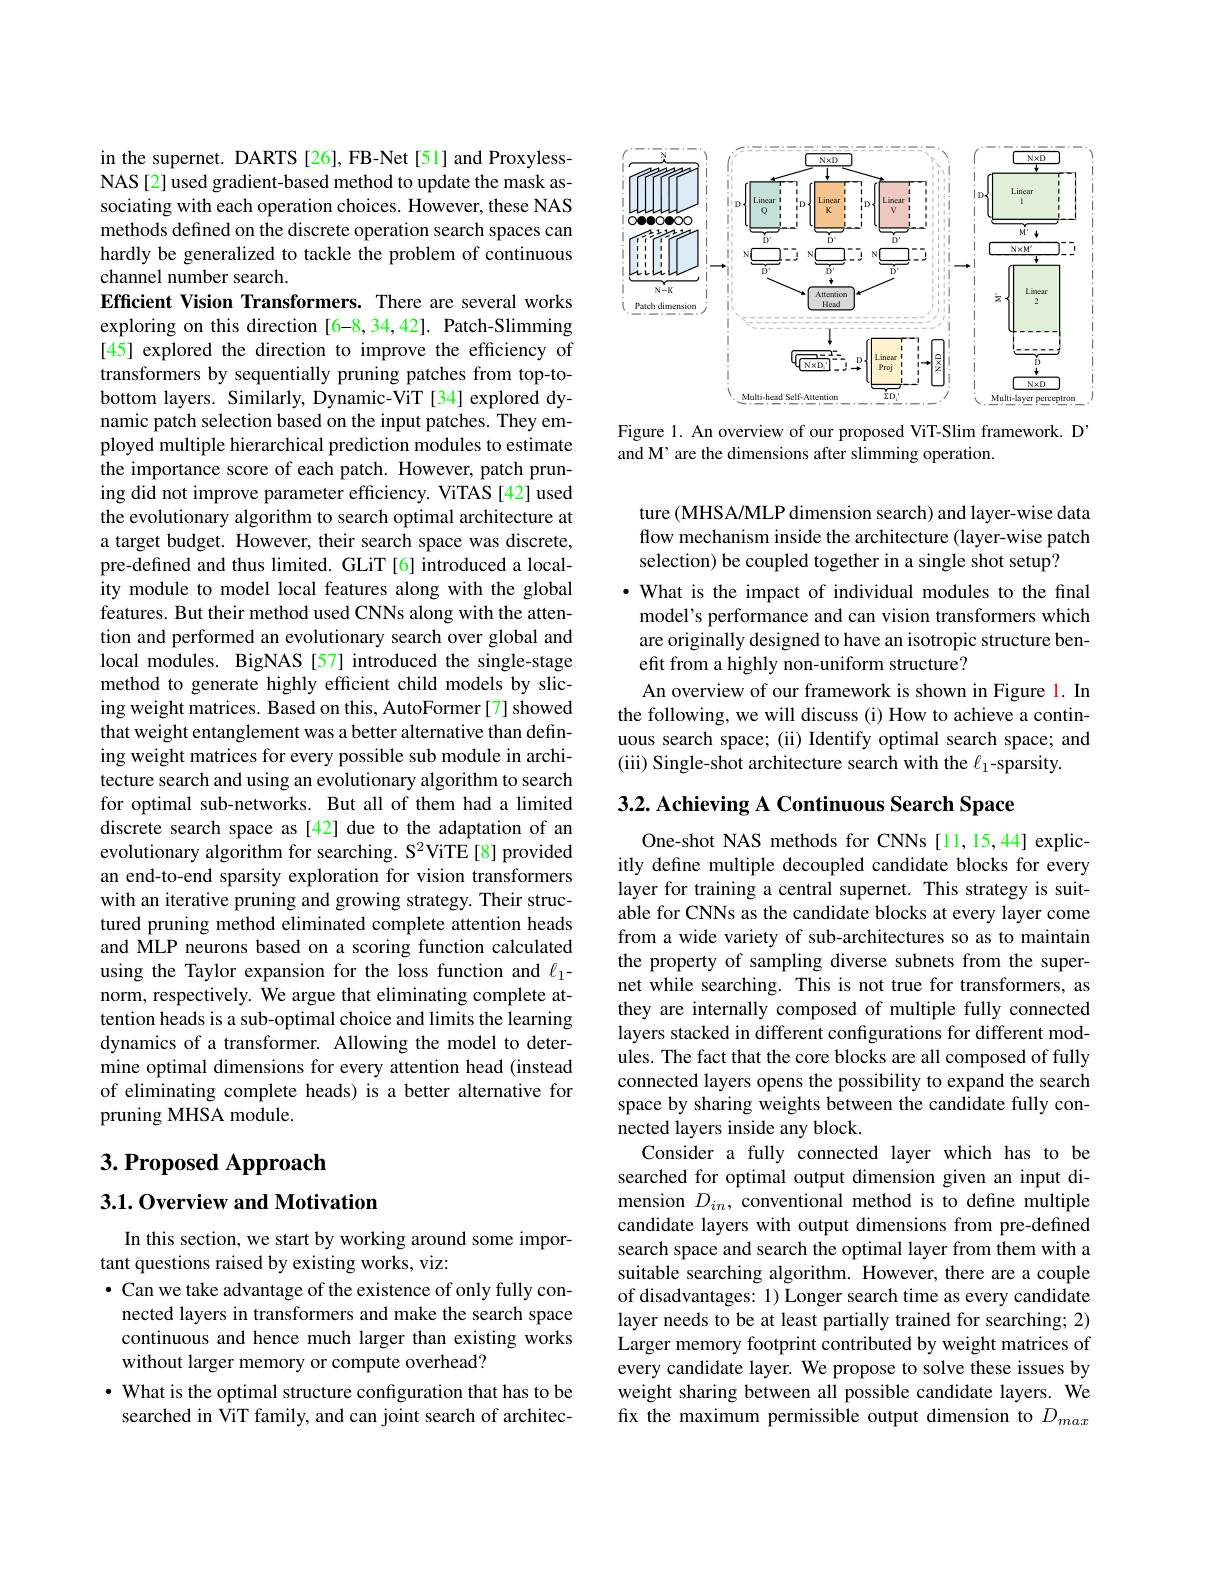
in the supernet. DARTS [26], FB-Net [51] and ProxylessNAS[2] used gradient-based method to update the mask associating with each operation choices. However, these NAS methods defined on the discrete operation search spaces can hardly be generalized to tackle the problem of continuous channel number search.
Efficient Vision Transformers. There are several works exploring on this direction [6-8,34,42]. Patch-Slimming [45] explored the direction to improve the efficiency of transformers by sequentially pruning patches from top-tobottom layers. Similarly, Dynamic-ViT [34] explored dynamic patch selection based on the input patches. They employed multiple hierarchical prediction modules to estimate the importance score of each patch. However, patch pruning did not improve parameter efficiency. ViTAS [42] used the evolutionary algorithm to search optimal architecture at a target budget. However, their search space was discrete, pre-defined and thus limited. GLiT [6] introduced a locality module to model local features along with the global features. But their method used CNNs along with the attention and performed an evolutionary search over global and local modules. BigNAS [57] introduced the single-stage method to generate highly efficient child models by slicing weight matrices. Based on this, AutoFormer[7] showed that weight entanglement was a better alternative than defining weight matrices for every possible sub module in architecture search and using an evolutionary algorithm to search for optimal sub-networks. But all of them had a limited discrete search space as [42] due to the adaptation of an evolutionary algorithm for searching. S$^2$ViTE[8] provided an end-to-end sparsity exploration for vision transformers with an iterative pruning and growing strategy. Their structured pruning method eliminated complete attention heads and MLP neurons based on a scoring function calculated using the Taylor expansion for the loss function and $\ell_1-$ norm, respectively. We argue that eliminating complete attention heads is a sub-optimal choice and limits the learning dynamics of a transformer. Allowing the model to determine optimal dimensions for every attention head (instead of eliminating complete heads) is a better alternative for pruning MHSA module.

3. Proposed Approach

### 3.1.0verview and Motivation

In this section, we start by working around some impor-
tant questions raised by existing works, viz:
$\bullet$ Can we take advantage of the existence of only fully connected layers in transformers and make the search space continuous and hence much larger than existing works without larger memory or compute overhead?
· What is the optimal structure configuration that has to be searched in ViT family, and can joint search of architec-

<FigureHere>

Figure 1. An overview of our proposed ViT-Slim framework. D'
and M' are the dimensions after slimming operation.

ture (MHSA/MLP dimension search) and layer-wise data flow mechanism inside the architecture (layer-wise patch selection) be coupled together in a single shot setup?
·What is the impact of individual modules to the final model's performance and can vision transformers which are originally designed to have an isotropic structure benefit from a highly non-uniform structure?
An overview of our framework is shown in Figure 1. In the following, we will discuss (i) How to achieve a continuous search space; (ii) Identify optimal search space; and (iii) Single-shot architecture search with the $\ell_1$-sparsity.

3.2. Achieving A Continuous Search Space

One-shot NAS methods for CNNs [11,15,44] explicitly define multiple decoupled candidate blocks for every layer for training a central supernet. This strategy is suitable for CNNs as the candidate blocks at every layer come from a wide variety of sub-architectures so as to maintain the property of sampling diverse subnets from the supernet while searching. This is not true for transformers, as they are internally composed of multiple fully connected layers stacked in different configurations for different modules. The fact that the core blocks are all composed of fully connected layers opens the possibility to expand the search space by sharing weights between the candidate fully connected layers inside any block.
Consider a fully connected layer which has to be searched for optimal output dimension given an input dimension $D_{in}$, conventional method is to define multiple candidate layers with output dimensions from pre-defined search space and search the optimal layer from them with a suitable searching algorithm. However, there are a couple of disadvantages: 1) Longer search time as every candidate layer needs to be at least partially trained for searching; 2) Larger memory footprint contributed by weight matrices of every candidate layer. We propose to solve these issues by weight sharing between all possible candidate layers. We fix the maximum permissible output dimension to $D_{max}$